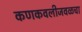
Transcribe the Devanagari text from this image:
कणकवलीजवळचा